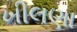
ખીલણા